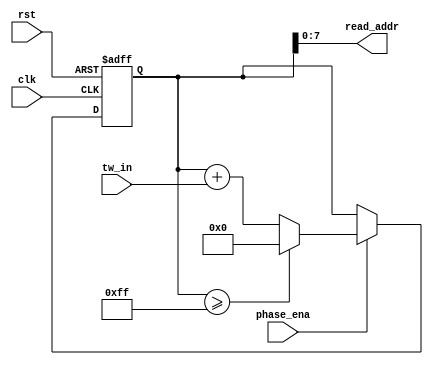
module phase_generator #(parameter DATA_WIDTH = 8, parameter ADDR_WIDTH = 8)(
	input [(DATA_WIDTH-1) : 0] tw_in,
	input phase_ena,
	input clk,
	input rst,
	
	output [(ADDR_WIDTH-1) : 0] read_addr
);

reg [(ADDR_WIDTH) : 0] aux_addr;

always@(negedge clk or negedge rst) begin
	if(!rst)
		aux_addr <= 0;
	else
		begin
			if(phase_ena)
				begin
					if(aux_addr>=(2**ADDR_WIDTH-1))
						aux_addr <= 0;
					else
						aux_addr <= aux_addr + tw_in;
				end
			else
				aux_addr <= aux_addr;
		end
end

assign read_addr = aux_addr[(ADDR_WIDTH-1):0];

endmodule